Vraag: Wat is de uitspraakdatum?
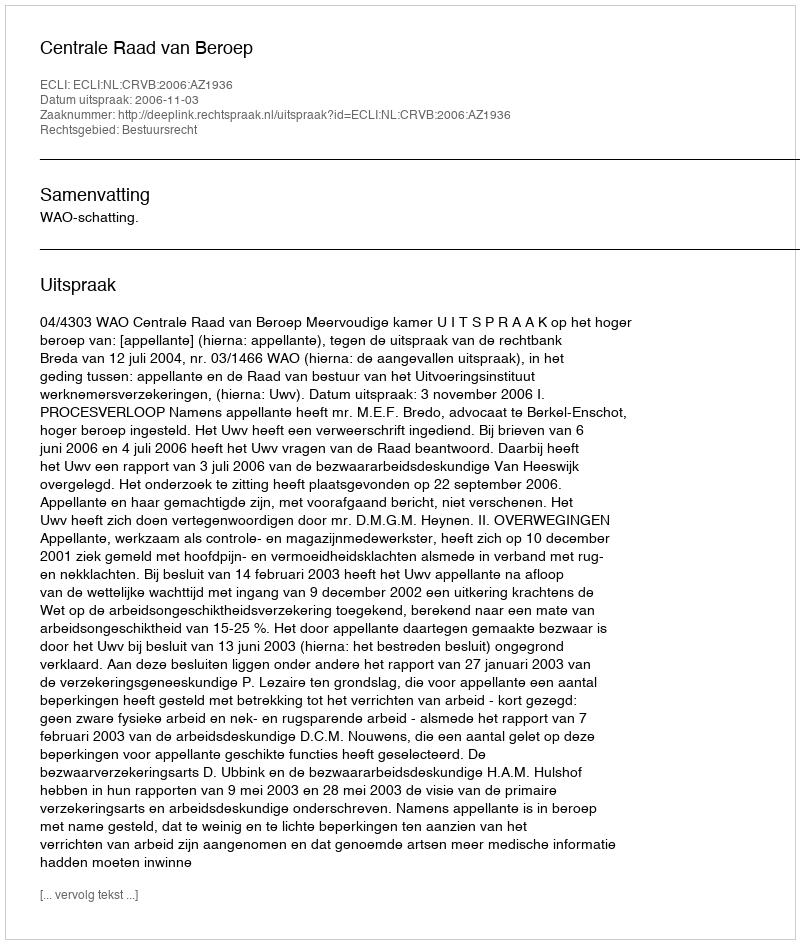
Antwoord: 2006-11-03